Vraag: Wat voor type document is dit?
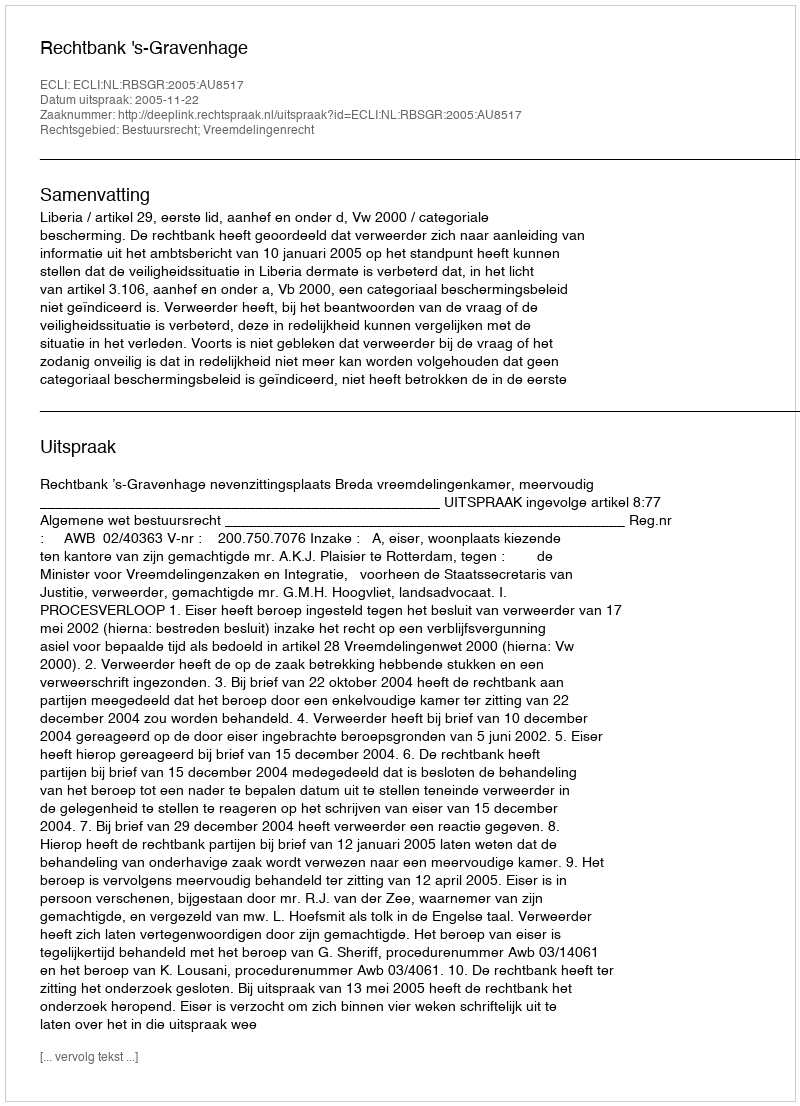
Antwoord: Uitspraak